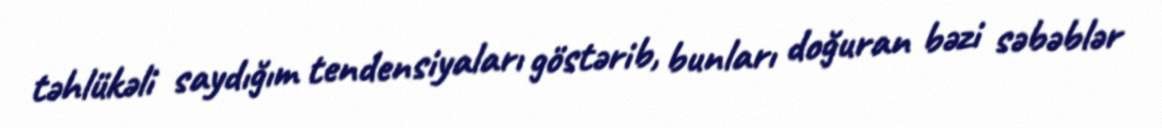
təhlükəli saydığım tendensiyaları göstərib, bunları doğuran bəzi səbəblər